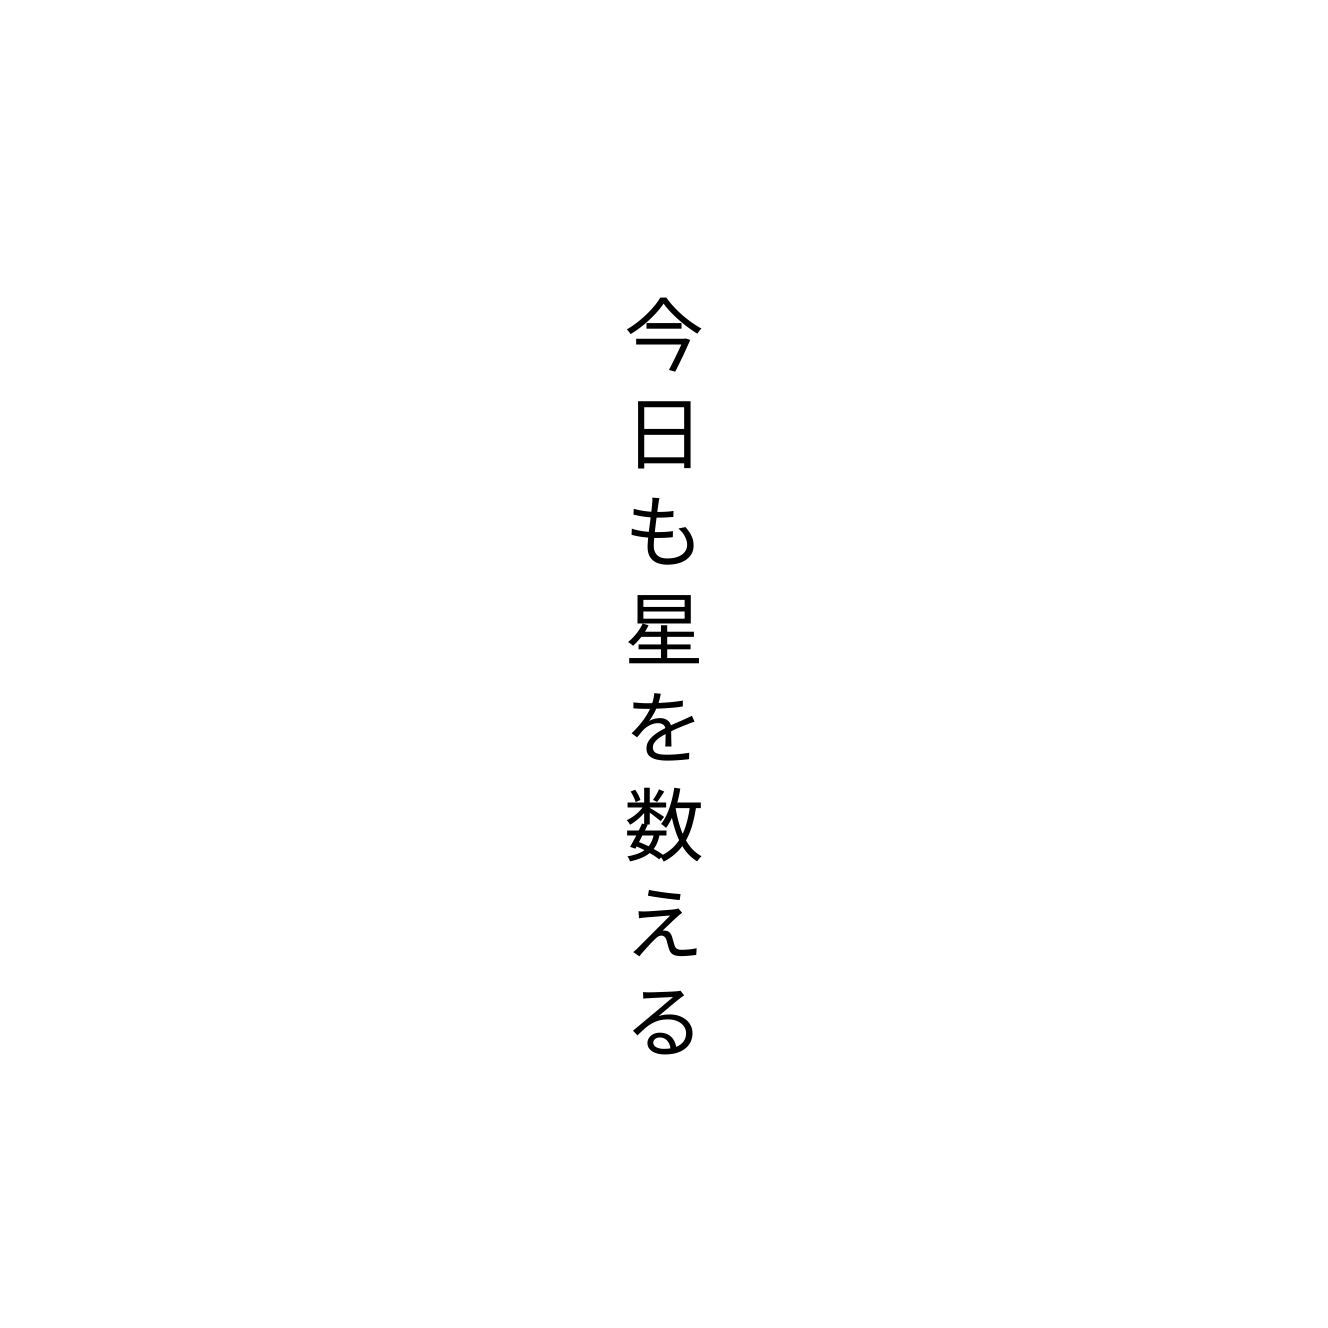
今日も星を数える